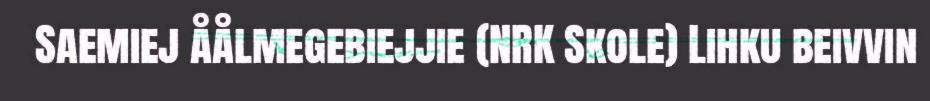
Saemiej åålmegebiejjie (NRK Skole) Lihku beivvin